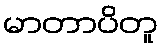
မာတာပိတူ